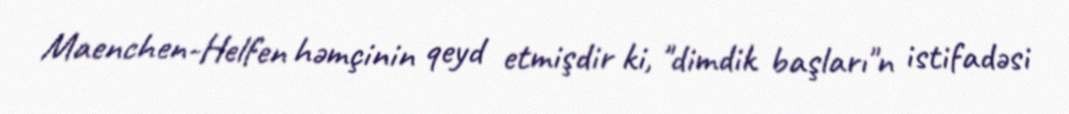
Maenchen-Helfen həmçinin qeyd etmişdir ki, "dimdik başları"n istifadəsi